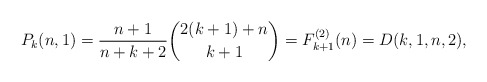
\begin{gather*}P_k(n,1)= {\frac{n+1}{n+k+2}} {\binom{2(k+1)+n}{k+1}}=F_{k+1}^{(2)}(n)=D(k,1,n,2),\end{gather*}